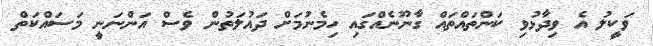
ވަކީލު އެ ވިދާޅުވި ކަންތައްތައް ގާނޫނެއްގައި ހިމެނުމަށް ދައުލަތުން ވެސް އަންނަނީ މަސައްކަތް